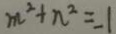
m ^ { 2 } + n ^ { 2 } = - 1